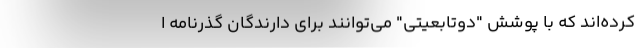
کرده‌اند که با پوشش "دوتابعیتی" می‌توانند برای دارندگان گذرنامه ا